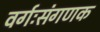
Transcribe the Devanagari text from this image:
वर्गःसंगणक